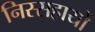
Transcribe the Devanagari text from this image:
निस्सहायों